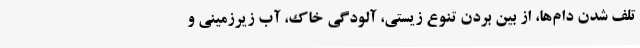
تلف شدن دام‌ها، از بین بردن تنوع زیستی، آلودگی خاک، آب زیرزمینی و